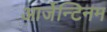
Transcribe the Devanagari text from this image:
आर्जेन्टिनम